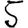
Digit: 5